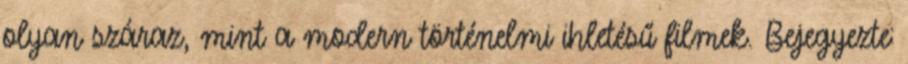
olyan száraz, mint a modern történelmi ihletésű filmek. Bejegyezte: